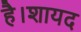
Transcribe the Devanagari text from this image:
है।शायद